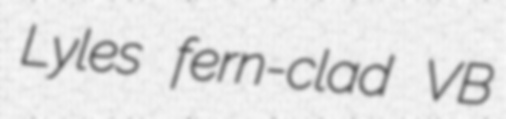
Lyles fern-clad VB